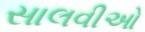
સાલવીઓ